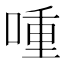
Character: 喠